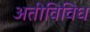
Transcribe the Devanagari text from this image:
अतीविविध